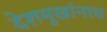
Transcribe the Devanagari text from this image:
देशमुखांनाच